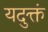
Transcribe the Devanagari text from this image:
यदुक्तं